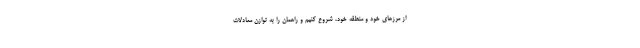
از مرزهای خود و منطقه خود، شروع کنیم و راهمان را به توازن معادلات